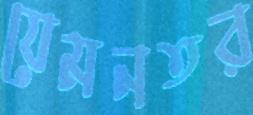
যেমনতর